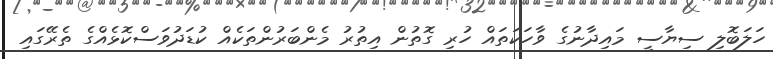
ހަލަބޮލި ސިޔާސީ މައިދާނުގެ ވާހަކަތައް ހުރި ގޮތުން އިތުރު މެންބަރުންތަކެއް ކުޑަދުވަސްކޮޅެއްގެ ތެރޭގައި